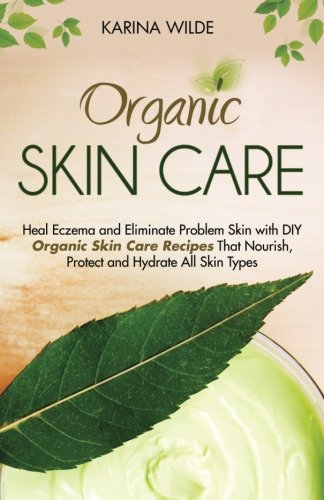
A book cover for Organic Skin Care: Heal Eczema and Eliminate Problem Skin with DIY Organic Skin Care Recipes That Nourish, Protect and Hydrate All Skin Types; Karina Wilde; Health, Fitness & Dieting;